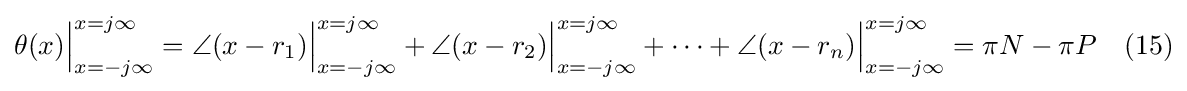
\theta (x){\Big |}_{x=-j\infty }^{x=j\infty }=\angle (x-r_{1}){\Big |}_{x=-j\infty }^{x=j\infty }+\angle (x-r_{2}){\Big |}_{x=-j\infty }^{x=j\infty }+\cdots +\angle (x-r_{n}){\Big |}_{x=-j\infty }^{x=j\infty }=\pi N-\pi P\quad (15)